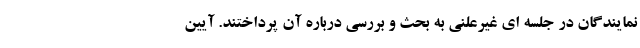
نمایندگان در جلسه ای غیرعلنی به بحث و بررسی درباره آن پرداختند. آیین